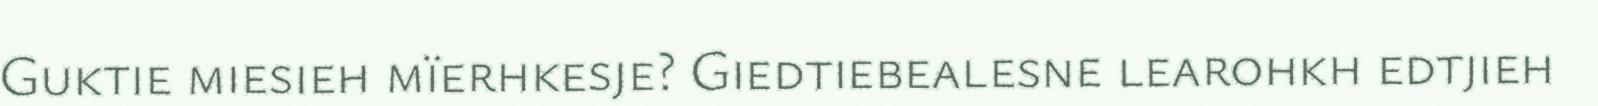
Guktie miesieh mïerhkesje? Giedtiebealesne learohkh edtjieh